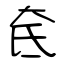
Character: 奃